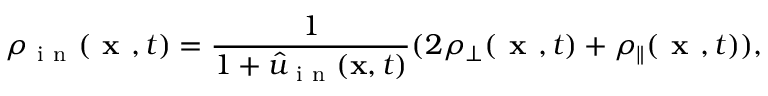
\rho _ { \mathrm { ~ i ~ n ~ } } ( \textbf { x } , t ) = \frac { 1 } { 1 + \hat { u } _ { \mathrm { ~ i ~ n ~ } } ( \mathbf { x } , t ) } ( 2 \rho _ { \bot } ( \textbf { x } , t ) + \rho _ { \parallel } ( \textbf { x } , t ) ) ,